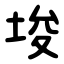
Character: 埈